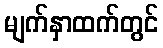
မျက်နှာထက်တွင်